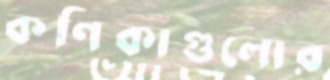
কণিকাগুলোর